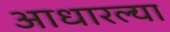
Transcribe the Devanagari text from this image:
आधारल्या